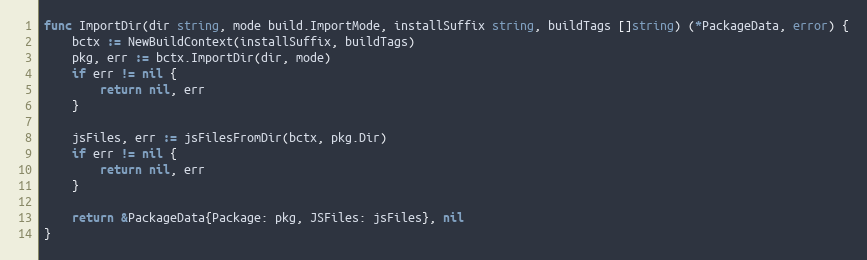
Language: Go
func ImportDir(dir string, mode build.ImportMode, installSuffix string, buildTags []string) (*PackageData, error) {
	bctx := NewBuildContext(installSuffix, buildTags)
	pkg, err := bctx.ImportDir(dir, mode)
	if err != nil {
		return nil, err
	}

	jsFiles, err := jsFilesFromDir(bctx, pkg.Dir)
	if err != nil {
		return nil, err
	}

	return &PackageData{Package: pkg, JSFiles: jsFiles}, nil
}